Leaving Certificate Examination, 1910
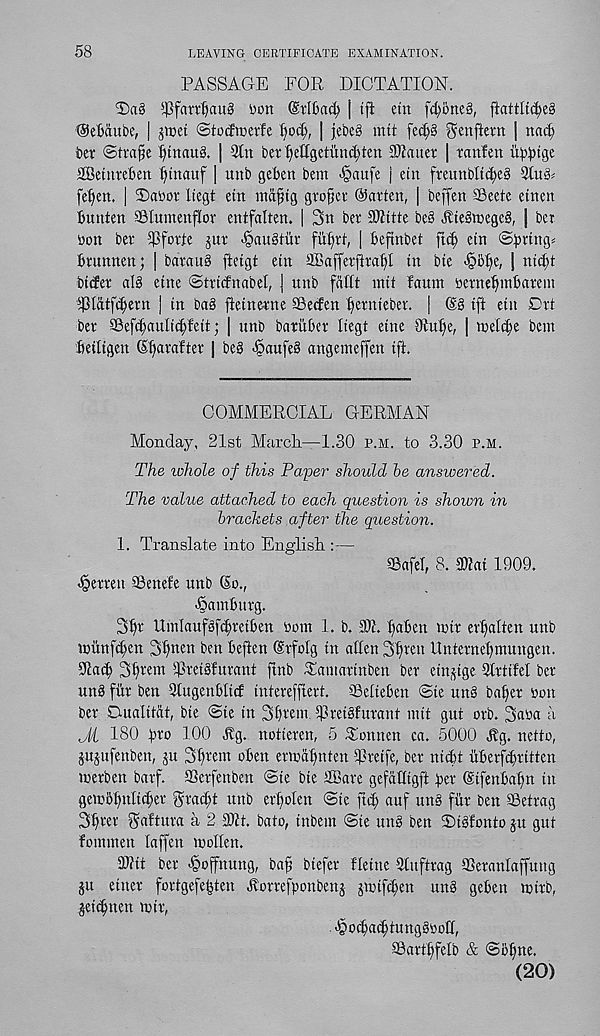
58
LEAVING CERTIFICATE EXAMINATION.
PASSAGE FOR DICTATION.
$f<mf)au3 tton (Mfcad) | (fi etn fd)one§, ftattltd?e§
Oebdube, j jwet ©tocftcerfe Ijod), | jet)e§ mti fci^g genftetn | nact;
ter @tra§e f)trtau§. |
ber ^ettgetund)ten Sftauer | ranfen u^tge
aSctnrekit t)tnauf | unb geben bem <§aufe j etn fveunbltt^eS 3tu^
feljien. | T)a»or liegt etn mdfjtg gtopee ©alien, | beffen SBeete etnen
bunten ©lumenflor entfalten. | 3n bee SOiitte be8 ^te§tnege§, | bet
toon bet 5)3fofte jut ^auStiit fii^tt, | befinbet ftc^ etn <Sb r i 1, 3 i!
btunnen; | batauS ftetgt etn SBaffetfitat)! in bte ^B^e, j ntt^i
bidet alB eine ©tttcfnabel, J unb fafft mii faunt iietne^inbatem
s 43lcttfi|ettt ] in ba§ fieinetne SBecfen ^etntebet. |
tfl etn Dtt
bet SBefc^auIicbfeit; | unb batubct Itegt etne Otu^e, | tneic^e bem
beiligen Cbatafiet | beg «§aufeg angemeffen ift.
COMMERCIAL GERMAN
Monday, 21st March—1.30 p.m. to 3.30 p.m.
The whole of this Paper should be answered.
The value attached to each question is shown in
brackets after the question.
1. Translate into English :—
2BafeT, 8. 3ttat 1909.
-§etten Senefe unb (So.,
•§ambutg.
3fjt Utnlaufgfcbtetben tom 1. b, SOI. baben tott er^alten unb
mitnfcben 3f>nen ben beften (Stfolg in alien 3btcn llntetne^mungcn.
Biacb 31)eem Tteiofutant ftnb Tamattnben bet einjtge 3ltttfel bet
ung flit ben 3tugenbli(f iniereffteti. Seiteben @te ung bafiet ton
bet Oualitat, bte @ie in 3btem Steigfutant mit gut otb. 3ata h
Ji 180 bto 100 Big. notteten, 5 Tonnen ca. 5000 Hg. netto,
jujufenben, ju 3bt'em oben etmatmten Strife, bet nicfet itberfcbtitten
ttetben barf. SSctfenben ©te bte Share gefaHtgft bet Ctfenbafn in
gemoi)u[ici;et Awcbt unb etfjolen ©ie ftcf auf ung fitt ben Setrag
3btet S^tuta a 2 Mt. bato, tnbem ©te ung ben ©igfonto ju gut
fommen laffen mollen.
50tit bet ^offnung, ba^ btefet fletne Stuftrag SSetanraffung
ju etnet fortgefe^ten Hottefponbenj jitift^en ung geben mitb,
jettbnen tttt,
JQotbacbtunggtoir,
Sattiifelb & ©ofme.
(20)